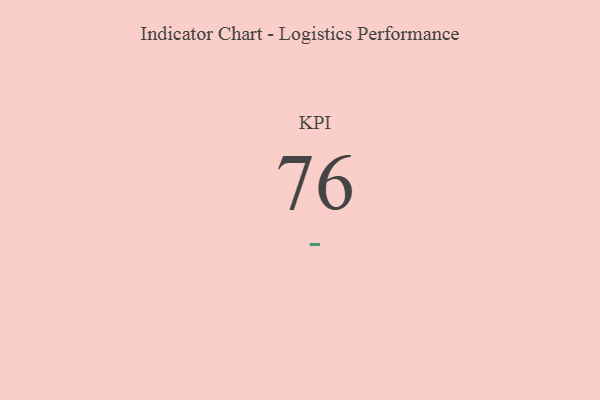
{"axis": {"x": "KPI", "y": "Value"}, "legend": [""], "data": [{"x": "KPI", "y": 76, "type": ""}]}